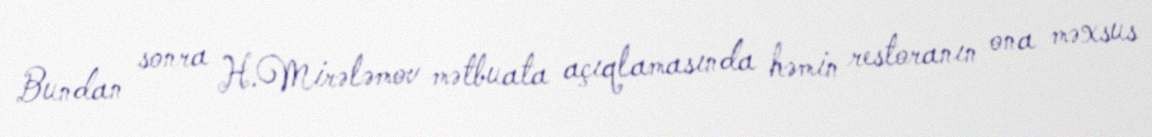
Bundan sonra H.Mirələmov mətbuata açıqlamasında həmin restoranın ona məxsus